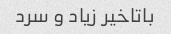
باتاخیر زیاد و سرد